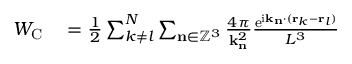
\begin{array} { r l } { W _ { \mathrm { C } } } & { { } = \frac { 1 } { 2 } \sum _ { k \neq l } ^ { N } \sum _ { \mathbf { n } \in \mathbb { Z } ^ { 3 } } \frac { 4 \pi } { \mathbf { k } _ { \mathbf { n } } ^ { 2 } } \frac { \mathrm { e } ^ { \mathrm { i } \mathbf { k } _ { \mathbf { n } } \cdot ( \mathbf { r } _ { k } - \mathbf { r } _ { l } ) } } { L ^ { 3 } } } \end{array}